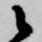
候